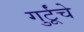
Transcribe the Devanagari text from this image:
गुर्टूंचे